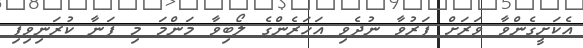
އެކަށީގެންވާ ވަރަށް ފަރުވާާ ނުދެވި އަހަރެންގެ ލޯބިވާ މަންމަ މި ފަނާ ކުރަނިވިފި